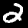
Label: 2